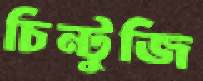
চিন্টুজি